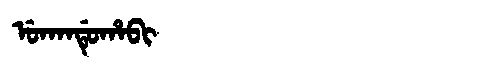
Manchu: ᡠᡴᠠᠨᡩᡠᡥᠠᠪᡳ
Romanization: UKANDUHABI